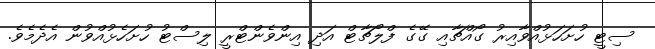
ސިޓީ ހުށަހަޅުއްވާއިރު ގޯއްޗާއި ގޭގެ ފްލޯޗާޓް އަދި އިންވެންޓްރީ ލިސްޓު ހުށަހެޅުއްވުން އެދެމެވެ.